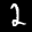
Label: 2